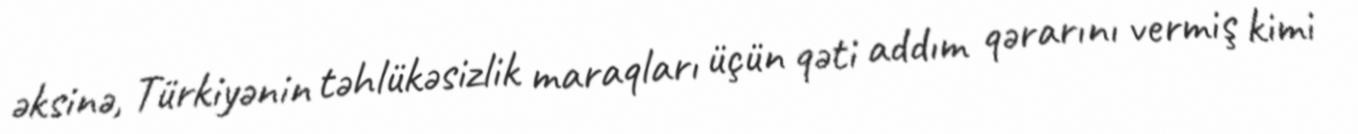
əksinə, Türkiyənin təhlükəsizlik maraqları üçün qəti addım qərarını vermiş kimi